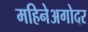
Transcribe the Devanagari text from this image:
महिनेअगोदर